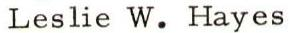
Leslie W. Hayes